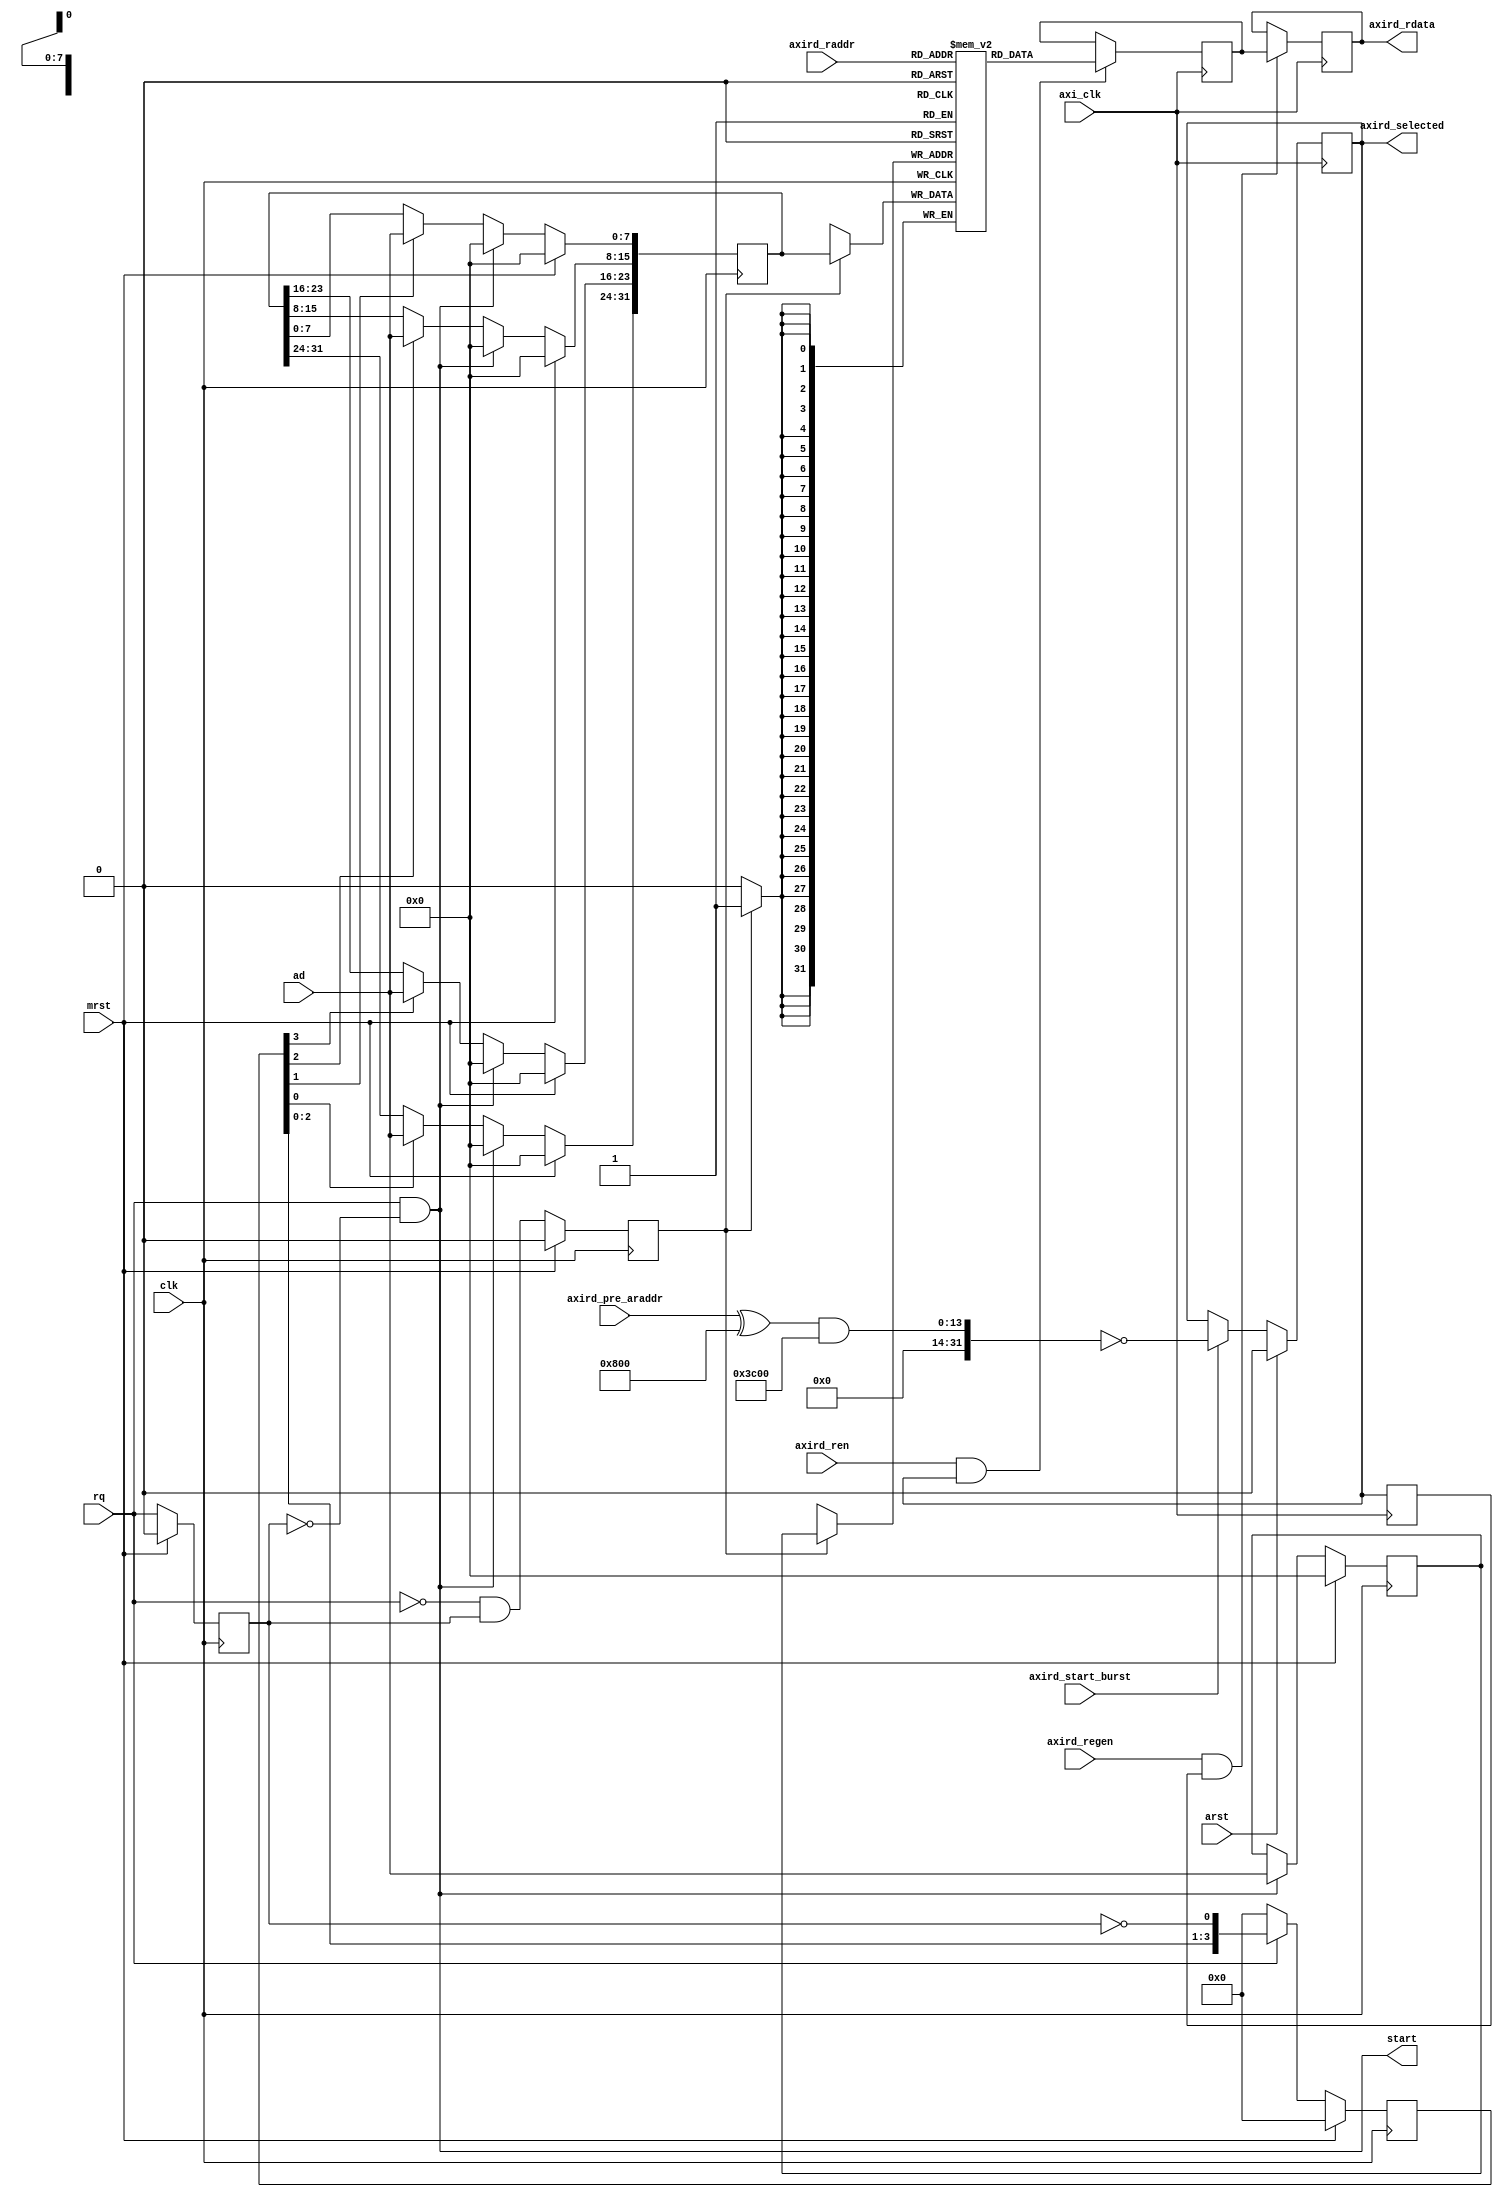
/*!
 * <b>Module:</b>status_read
 * @file status_read.v
 * @date 2015-01-14  
 * @author Andrey Filippov     
 *
 * @brief Receives status read data (low bandwidth) from multiple
 * subsystems byte-serial, stores in axi-addressable memory
 * 8-bita ddress is received from the source module,
 * as well as another (optional) byte of sequence number (set in write command)
 * Sequence number (received first afther the address) is stored as a high byte,
 * lower bytes are the actual payload, starting from lower byte (not all 3 are
 * required. Single-bit responsen can be combined in the same byte with the
 * sequence number to use just 2-byte packets? 
 * TODO: add interrupt capabilities
 *
 * @copyright Copyright (c) 2015 Elphel, Inc.
 *
 * <b>License:</b>
 *
 * status_read.v is free software; you can redistribute it and/or modify
 * it under the terms of the GNU General Public License as published by
 * the Free Software Foundation, either version 3 of the License, or
 * (at your option) any later version.
 *
 *  status_read.v is distributed in the hope that it will be useful,
 * but WITHOUT ANY WARRANTY; without even the implied warranty of
 * MERCHANTABILITY or FITNESS FOR A PARTICULAR PURPOSE.  See the
 * GNU General Public License for more details.
 *
 * You should have received a copy of the GNU General Public License
 * along with this program.  If not, see <http://www.gnu.org/licenses/> .
 *
 * Additional permission under GNU GPL version 3 section 7:
 * If you modify this Program, or any covered work, by linking or combining it
 * with independent modules provided by the FPGA vendor only (this permission
 * does not extend to any 3-rd party modules, "soft cores" or macros) under
 * different license terms solely for the purpose of generating binary "bitstream"
 * files and/or simulating the code, the copyright holders of this Program give
 * you the right to distribute the covered work without those independent modules
 * as long as the source code for them is available from the FPGA vendor free of
 * charge, and there is no dependence on any encrypted modules for simulating of
 * the combined code. This permission applies to you if the distributed code
 * contains all the components and scripts required to completely simulate it
 * with at least one of the Free Software programs.
 */
`timescale 1ns/1ps

module  status_read#(
    parameter STATUS_ADDR =           'h0800, // AXI read address of status read registers
    parameter STATUS_ADDR_MASK =      'h3c00, // AXI write address of status registers
    parameter AXI_RD_ADDR_BITS =      14,
    parameter integer STATUS_DEPTH=   8, // 256 cells, maybe just 16..64 are enough?
    parameter FPGA_VERSION =          32'h03930001
    )(
    input                        mrst, // @posedge mclk - sync reset
    input                        arst, // @posedge axi_clk - sync reset
    input                        clk,
    input                        axi_clk,   // common for read and write channels
    input [AXI_RD_ADDR_BITS-1:0] axird_pre_araddr,     // status read address, 1 cycle ahead of read data
    input                        axird_start_burst, // start of read burst, valid pre_araddr, save externally to control ext. dev_ready multiplexer
    input     [STATUS_DEPTH-1:0] axird_raddr, //   .raddr(read_in_progress?read_address[9:0]:10'h3ff),    // read address
    input                        axird_ren,   //      .ren(bram_reg_re_w) ,      // read port enable
    input                        axird_regen, //==axird_ren?? - remove?   .regen(bram_reg_re_w),        // output register enable
    output              [31:0]   axird_rdata,  // combinatorial multiplexed (add external register layer, modify axibram_read?)     .data_out(rdata[31:0]),       // data out
    output                       axird_selected, // axird_rdata contains cvalid data from this module, vcalid next after axird_start_burst
                                                 // so with ren/regen it may be delayed 1 more cycle
    input                  [7:0] ad,               // byte-serial status data from the sources
    input                        rq,               // request from sources to transfer status data
    output                       start             // acknowledge receiving of first byte (address), currently always ready
);
    localparam integer DATA_2DEPTH=(1<<STATUS_DEPTH)-1;
    reg  [31:0] ram [0:DATA_2DEPTH];
    reg         [STATUS_DEPTH-1:0] waddr;
    reg                          we;
    reg                  [31: 0] wdata;
    reg                          rq_r;
    reg                   [3:0]  dstb;
    
    wire                         select_w;
    reg                          select_r;
    reg                          select_d;
    
    wire                         rd;
    wire                         regen;
    reg                 [31:0]   axi_status_rdata; 
    reg                 [31:0]   axi_status_rdata_r;
    
    assign select_w = ((axird_pre_araddr ^ STATUS_ADDR) & STATUS_ADDR_MASK)==0;
    assign rd =        axird_ren   && select_r;
    assign regen =     axird_regen && select_d;
    
    
    
    
//    assign re= pre_stb && (((axi_pre_addr ^ STATUS_ADDR) & STATUS_ADDR_MASK) == 0);
//    assign raddr=axi_pre_addr[STATUS_DEPTH-1:0];
    assign start=rq && !rq_r;
    assign axird_rdata=axi_status_rdata_r;
    assign axird_selected = select_r; 
    initial begin
        ram [DATA_2DEPTH]   = FPGA_VERSION;
`ifdef HISPI
        ram [DATA_2DEPTH-1] = 1; //0 - parallel sensor, 1 - HiSPi sensor 
`endif         
    end
    always @ (posedge axi_clk) begin
        if      (arst)              select_r <= 0;
        else if (axird_start_burst) select_r <= select_w;
    end
    always @ (posedge axi_clk) begin
        if (rd)       axi_status_rdata <= ram[axird_raddr];
        if (regen)    axi_status_rdata_r <= axi_status_rdata;
        
        select_d <=   select_r;
    end
    
    always @ (posedge clk) begin
        
        if (mrst) rq_r <= 0;
        else      rq_r <= rq;
        
        if (mrst)       dstb <= 0;
        else if (!rq)   dstb <= 0;
        else            dstb <= {dstb[2:0],~rq_r};
        // byte 0 - address
        if (mrst)       waddr <= 0;
        else if (start) waddr <= ad[STATUS_DEPTH-1:0];
        
        // byte 1 - 2 payload bits and sequence number
        // 6 bits of the sequence number will go to bits 26.. 31
        // 2 bits (24,25) are payload status
        if (mrst)         wdata[31:24] <= 0;
        else if (start)   wdata[31:24] <= 0;
        else if (dstb[0]) wdata[31:24] <= ad;

        // byte 2 - payload bits 0..7 
        if (mrst)         wdata[ 7: 0] <= 0;
        else if (start)   wdata[ 7: 0] <= 0;
        else if (dstb[1]) wdata[ 7: 0] <= ad;
        
        // byte 3 - payload bits 8..15 
        if (mrst)         wdata[15: 8] <= 0;
        else if (start)   wdata[15: 8] <= 0;
        else if (dstb[2]) wdata[15: 8] <= ad;

        // byte 4 - payload bits 16..23 
        if (mrst)         wdata[23:16] <= 0;
        else if (start)   wdata[23:16] <= 0;
        else if (dstb[3]) wdata[23:16] <= ad;
        
        if (mrst)         we <= 0;
        else              we <= !rq && rq_r; 
    end
    
    always @ (posedge clk) begin
        if (we)     ram[waddr]  <= wdata; // shifted data here
    end
                             


endmodule